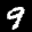
Label: 9